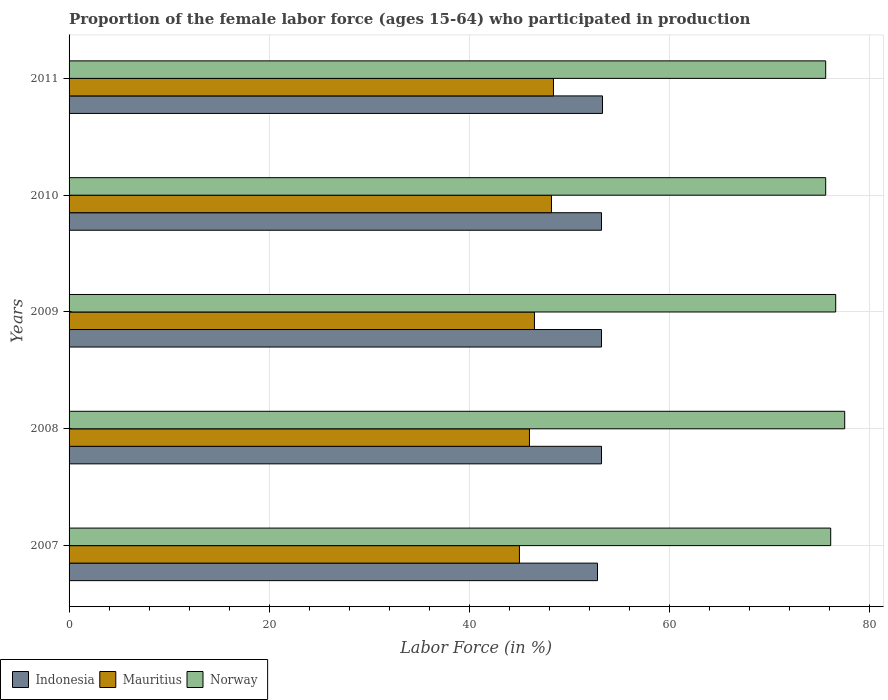
| Years | Indonesia | Mauritius | Norway |
 | --- | --- | --- | --- |
 | 2007 | 52.8 | 45 | 76.1 |
 | 2008 | 53.2 | 46 | 77.5 |
 | 2009 | 53.2 | 46.5 | 76.6 |
 | 2010 | 53.2 | 48.2 | 75.6 |
 | 2011 | 53.3 | 48.4 | 75.6 |